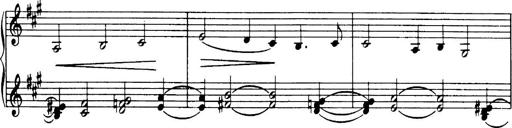
Title: 3 Sonatinas, Op.67
Composer: Jean Sibelius